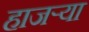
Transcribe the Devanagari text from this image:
हाजर्‍या